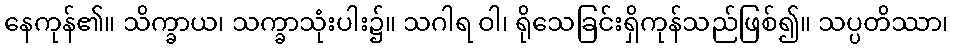
နေကုန်၏။ သိက္ခာယ၊ သက္ခာသုံးပါး၌။ သဂါရ ဝါ၊ ရိုသေခြင်းရှိကုန်သည်ဖြစ်၍။ သပ္ပတိဿာ၊